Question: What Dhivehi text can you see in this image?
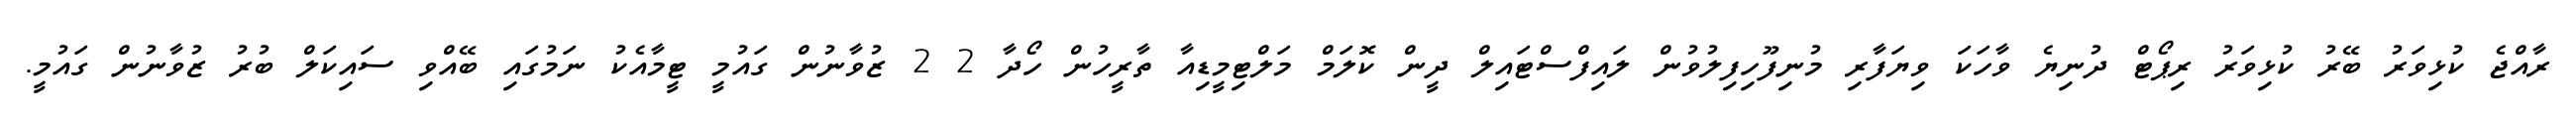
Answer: ރާއްޖެ ކުޅިވަރު ބޭރު ކުޅިވަރު ރިޕޯޓް ދުނިޔެ ވާހަކަ ވިޔަފާރި މުނިފޫހިފިލުވުން ލައިފްސްޓައިލް ދީން ކޮލަމް މަލްޓިމީޑިއާ ތާރީހުން ހޯދާ 2 2 ޒުވާނުން ގައުމީ ޓީމާއެކު ނަމުގައި ބޭއްވި ސައިކަލް ބުރު ޒުވާނުން ގައުމީ.